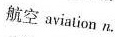
航空aviation n.